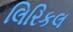
લિરિકલ